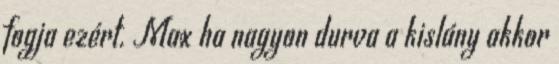
fogja ezért. Max ha nagyon durva a kislány akkor